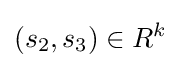
(s_{2},s_{3})\in R^{k}